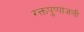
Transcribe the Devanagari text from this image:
रक्तपुष्पांजली